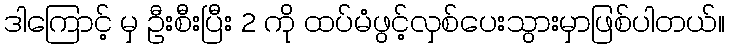
ဒါကြောင့် မှ ဦးစီးပြီး 2 ကို ထပ်မံဖွင့်လှစ်ပေးသွားမှာဖြစ်ပါတယ်။